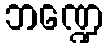
ဘဏ္ဍေ